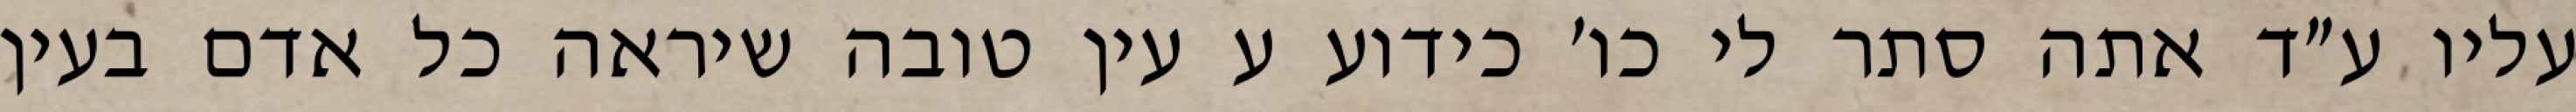
עליו ע״ד אתה סתר לי כו׳ כידוע ע עין טובה שיראה כל אדם בעין